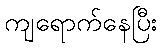
ကျရောက်နေပြီး